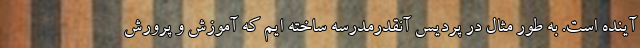
آینده است. به طور مثال در پردیس آنقدرمدرسه ساخته ایم که آموزش و پرورش